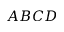
A B C D